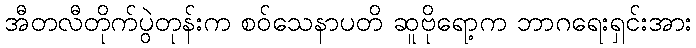
အီတလီတိုက်ပွဲတုန်းက စဝ်သေနာပတိ ဆူဗိုရော့က ဘာဂရေးရှင်းအား